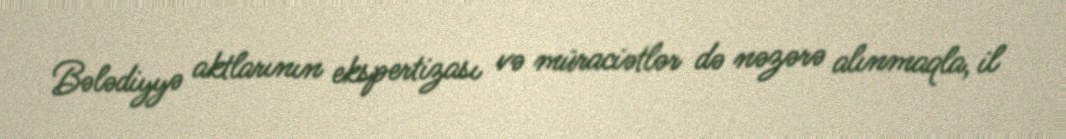
Bələdiyyə aktlarının ekspertizası və müraciətlər də nəzərə alınmaqla, il